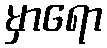
မှာရော